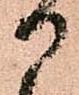
御